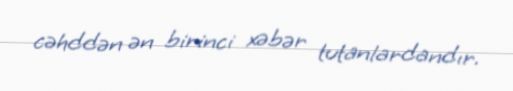
cəhddən ən birinci xəbər tutanlardandır.